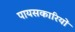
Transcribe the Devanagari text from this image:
पायसकारियों